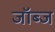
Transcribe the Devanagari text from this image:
जॉब्ज